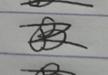
Signature authenticity: forged